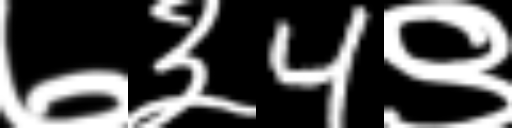
Text: ७३4९